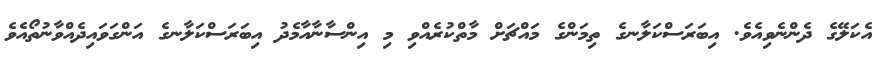
އެކަލޭގެ ދެންނެވިއެވެ. އިބަރަސްކަލާނގެ ތިމަންގެ މައްޗަށް މާތްކުރެއްވި މި އިންސާނާއާމެދު އިބަރަސްކަލާނގެ އަންގަވައިދެއްވާނުތޯއެވެ